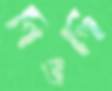
গিওর্গি